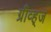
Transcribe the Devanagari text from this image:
ग्रीव्ह्‌ज